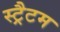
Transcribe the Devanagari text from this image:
स्ट्रैटम